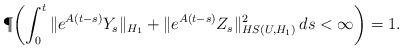
LaTeX: \begin{align*} \P\!\left(\int^t_0\|e^{A(t-s)}Y_s\|_{H_1}+\|e^{A(t-s)}Z_s\|^2_{HS(U,H_1)}\, ds < \infty \right) =1.\end{align*}